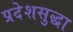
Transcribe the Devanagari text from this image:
प्रदेशसुद्धा